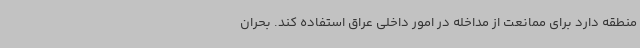
منطقه دارد برای ممانعت از مداخله در امور داخلی عراق استفاده کند. بحران